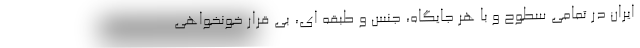
ایران در تمامی سطوح و با هر جایگاه، جنس و طبقه ای، بی قرار خونخواهی